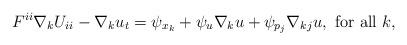
LaTeX: \begin{align*}F^{ii} \nabla_{k} U_{ii} - \nabla_k u_t = \psi_{x_k} + \psi_{u} \nabla_{k} u + \psi_{p_j} \nabla_{kj} u, \mbox{ for all } k,\end{align*}